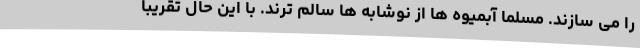
را می سازند. مسلما آبمیوه ها از نوشابه ها سالم ترند. با این حال تقریبا